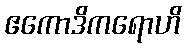
ဧကောဒိကရောဟိ